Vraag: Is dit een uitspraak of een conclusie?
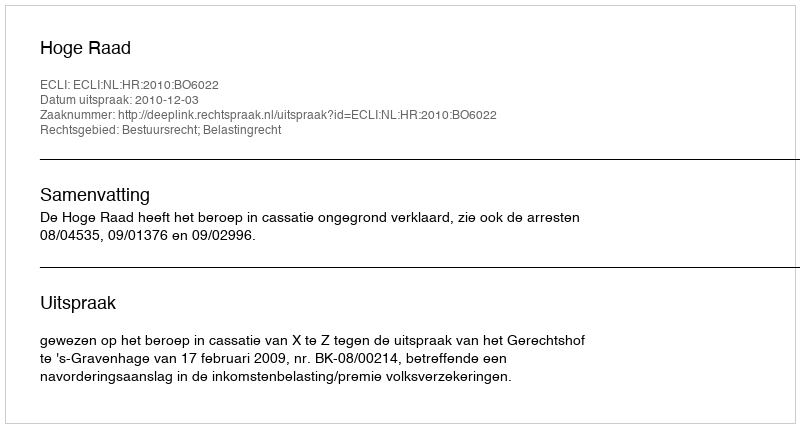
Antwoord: Uitspraak